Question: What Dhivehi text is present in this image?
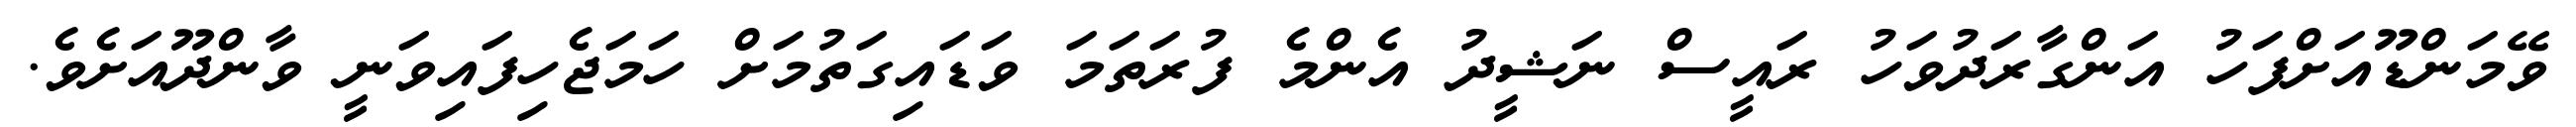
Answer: ވޭމަންޑޫއަށްފަހު އަންގާރަދުވަހު ރައީސް ނަޝީދު އެންމެ ފުރަތަމަ ވަޑައިގަތުމަށް ހަމަޖެހިފައިވަނީ ވާންދޫއަށެވެ.